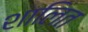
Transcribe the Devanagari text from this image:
शालित